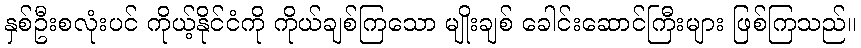
နှစ်ဦးစလုံးပင် ကိုယ့်နိုင်ငံကို ကိုယ်ချစ်ကြသော မျိုးချစ် ခေါင်းဆောင်ကြီးများ ဖြစ်ကြသည်။